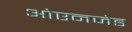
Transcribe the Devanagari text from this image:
ओएनजेड